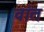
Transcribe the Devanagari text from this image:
वांत